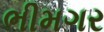
ભીમગર